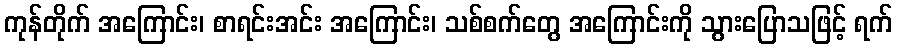
ကုန်တိုက် အကြောင်း၊ စာရင်းအင်း အကြောင်း၊ သစ်စက်တွေ အကြောင်းကို သွားပြောသဖြင့် ရက်